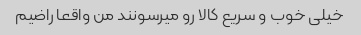
خیلی خوب و سریع کالا رو میرسونند من واقعا راضیم